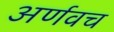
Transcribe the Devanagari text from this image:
अर्णवच